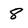
Character: 8